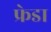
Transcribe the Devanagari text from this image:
फ्रेडा